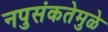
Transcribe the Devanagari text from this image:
नपुसंकतेमुळे